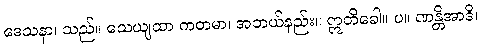
ဒေသနာ၊ သည်။ သေယျထာ ကတမာ၊ အဘယ်နည်း။ ဣတိခေါ။ ပ။ ဏန္တိအာဒိ၊